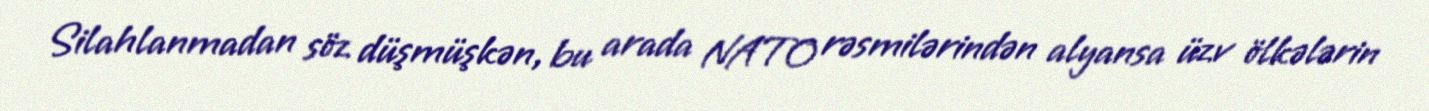
Silahlanmadan söz düşmüşkən, bu arada NATO rəsmilərindən alyansa üzv ölkələrin